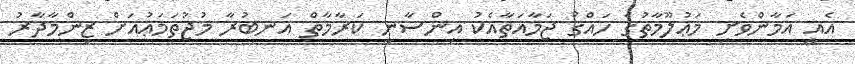
އެއީ އަމާންވެށި މަޢުލޫމާތުގެ ހައްޤު ޖަމާއަތާއެކު އިންސާނީ ކަރާމާތް އަނބުރާ މުޖުތަމަޢުއަށް ޒިންމާދާރު